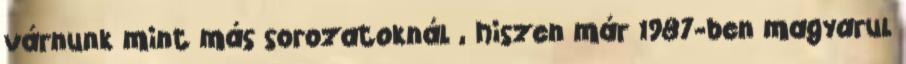
várnunk mint más sorozatoknál , hiszen már 1987-ben magyarul